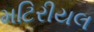
મટિરીયલ